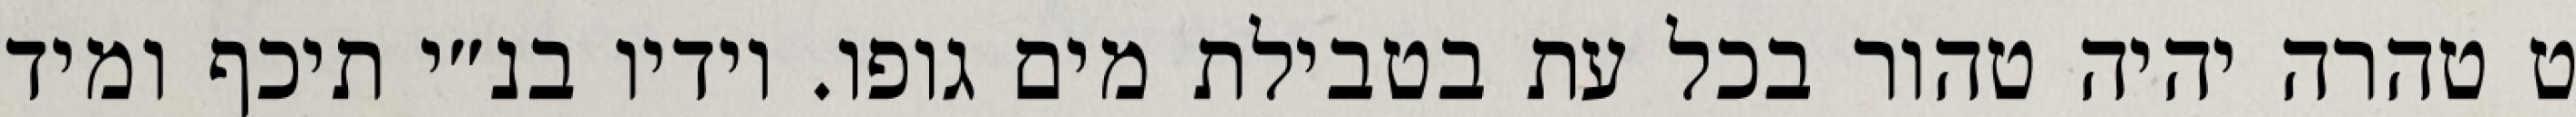
ט טהרה יהיה טהור בכל עת בטבילת מים גופו. וידיו בנ״י תיכף ומיד